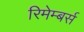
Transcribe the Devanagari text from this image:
रिमेम्बर्स